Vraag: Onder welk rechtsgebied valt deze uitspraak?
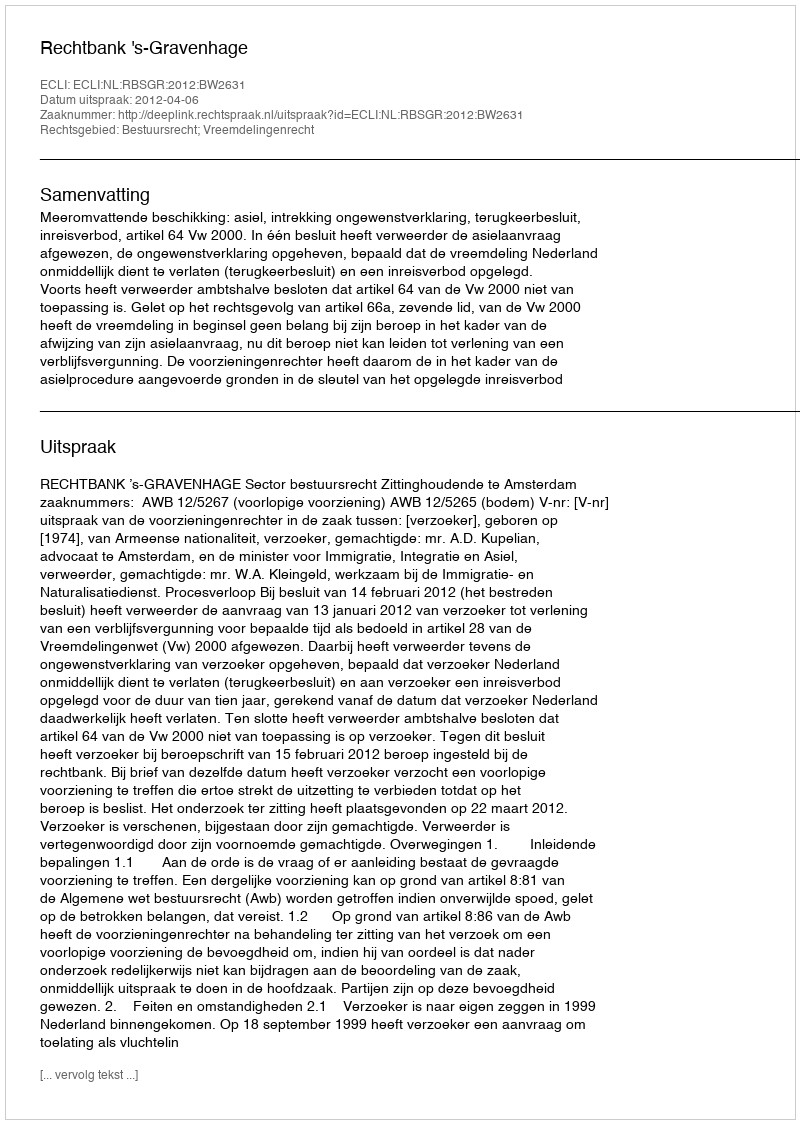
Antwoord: Bestuursrecht; Vreemdelingenrecht